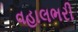
વહાલભરી